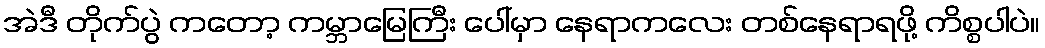
အဲဒီ တိုက်ပွဲ ကတော့ ကမ္ဘာမြေကြီး ပေါ်မှာ နေရာကလေး တစ်နေရာရဖို့ ကိစ္စပါပဲ။